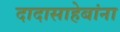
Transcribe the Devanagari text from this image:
दादासाहेबांना